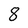
Character: 8